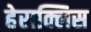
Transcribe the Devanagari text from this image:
हेराक्लिस